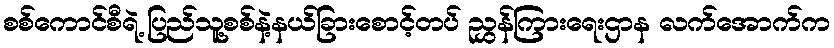
စစ်ကောင်စီရဲ့ ပြည်သူ့စစ်နဲ့နယ်ခြားစောင့်တပ် ညွှန်ကြားရေးဌာန လက်အောက်က